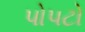
પોપટો